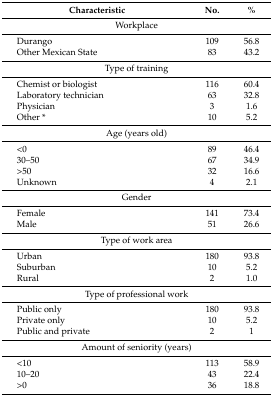
<table><thead><tr><td><b>Characteristic</b></td><td><b>No.</b></td><td><b>%</b></td></tr></thead><tbody><tr><td colspan="3">Workplace</td></tr><tr><td> Durango</td><td>109</td><td>56.8</td></tr><tr><td> Other Mexican State</td><td>83</td><td>43.2</td></tr><tr><td colspan="3">Type of training</td></tr><tr><td> Chemist or biologist</td><td>116</td><td>60.4</td></tr><tr><td> Laboratory technician</td><td>63</td><td>32.8</td></tr><tr><td> Physician</td><td>3</td><td>1.6</td></tr><tr><td> Other *</td><td>10</td><td>5.2</td></tr><tr><td colspan="3">Age (years old)</td></tr><tr><td> &lt;0</td><td>89</td><td>46.4</td></tr><tr><td> 30–50</td><td>67</td><td>34.9</td></tr><tr><td> &gt;50</td><td>32</td><td>16.6</td></tr><tr><td> Unknown</td><td>4</td><td>2.1</td></tr><tr><td colspan="3">Gender</td></tr><tr><td> Female</td><td>141</td><td>73.4</td></tr><tr><td> Male</td><td>51</td><td>26.6</td></tr><tr><td colspan="3">Type of work area</td></tr><tr><td> Urban</td><td>180</td><td>93.8</td></tr><tr><td> Suburban</td><td>10</td><td>5.2</td></tr><tr><td> Rural</td><td>2</td><td>1.0</td></tr><tr><td colspan="3">Type of professional work</td></tr><tr><td> Public only</td><td>180</td><td>93.8</td></tr><tr><td> Private only</td><td>10</td><td>5.2</td></tr><tr><td> Public and private</td><td>2</td><td>1</td></tr><tr><td colspan="3">Amount of seniority (years)</td></tr><tr><td> &lt;10</td><td>113</td><td>58.9</td></tr><tr><td> 10–20</td><td>43</td><td>22.4</td></tr><tr><td> &gt;0</td><td>36</td><td>18.8</td></tr></tbody></table>